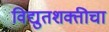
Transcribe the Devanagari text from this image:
विद्युतशक्तीचा